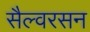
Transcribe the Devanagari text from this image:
सैल्वरसन